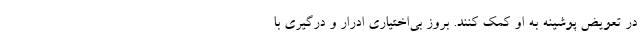
در تعویض پوشینه به او کمک کنند. بروز بی‌اختیاری ادرار و درگیری با